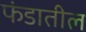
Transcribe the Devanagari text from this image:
फंडातील